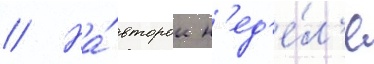
// На́ второи н'ед'е́л'е